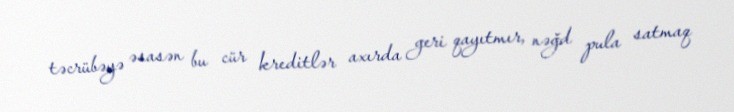
təcrübəyə əsasən bu cür kreditlər axırda geri qayıtmır, nəğd pula satmaq